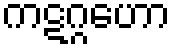
ကဋဂ္ဂဟော